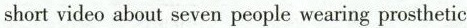
short video about seven people wearing prosthetic